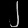
Digit: ၂